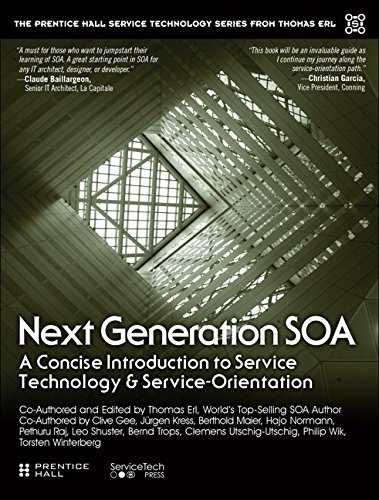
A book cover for Next Generation SOA: A Concise Introduction to Service Technology & Service-Orientation (The Prentice Hall Service Technology Series from Thomas Erl); Thomas Erl; Computers & Technology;